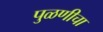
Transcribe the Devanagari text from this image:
पुळणीचा